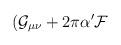
LaTeX: \begin{align*}(\mathcal{G}_{\mu\nu}+2\pi\alpha'\mathcal{F} \end{align*}